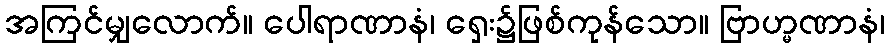
အကြင်မျှလောက်။ ပေါရာဏာနံ၊ ရှေး၌ဖြစ်ကုန်သော။ ဗြာဟ္မဏာနံ၊